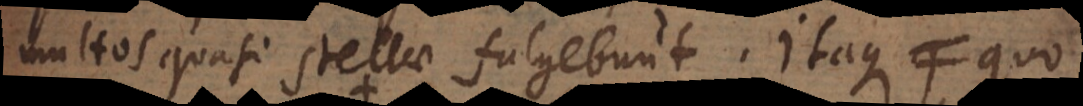
multos quasi stellae fulgebunt. Itaque quo